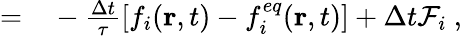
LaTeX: \begin{array}{rl}{=}&{{}-\frac{\Delta t}{\tau}\left[f_{i}(\mathbf{r},t)-f_{i}^{eq}(\mathbf{r},t)\right]+\Delta{t}\mathcal{F}_{i}\ ,}\end{array}